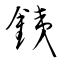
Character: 銕